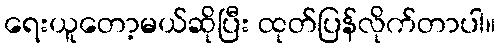
ရေးယူတော့မယ်ဆိုပြီး ထုတ်ပြန်လိုက်တာပါ။